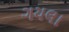
ગયલા